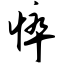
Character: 悴